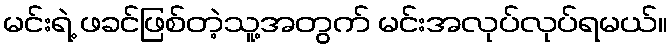
မင်းရဲ့ ဖခင်ဖြစ်တဲ့သူ့အတွက် မင်းအလုပ်လုပ်ရမယ်။